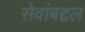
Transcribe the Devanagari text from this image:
सेवांबद्दल